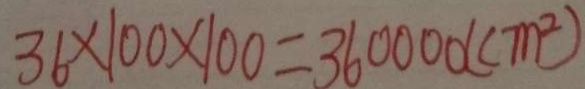
3 6 \times 1 0 0 \times 1 0 0 = 3 6 0 0 0 0 ( c m ^ { 2 } )